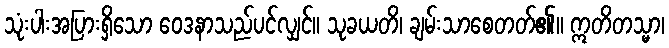
သုံးပါးအပြားရှိသော ဝေဒနာသည်ပင်လျှင်။ သုခယတိ၊ ချမ်းသာစေတတ်၏။ ဣတိတသ္မာ၊